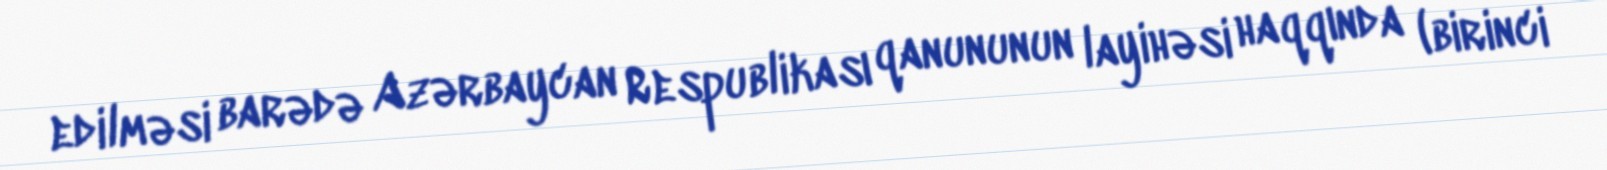
edilməsi barədə Azərbaycan Respublikası qanununun layihəsi haqqında (birinci